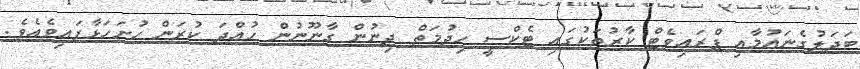
ބަދަލުގެނައުމާއި ޕްރައިވެޓް ކާރުތަކުގައި ޓެކްސީ ހިދުމަތް ދިނުން ގާނޫނުން ހުއްދަ ކުރަން ހުށަހަޅާފައިވެއެވެ.